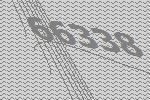
66338